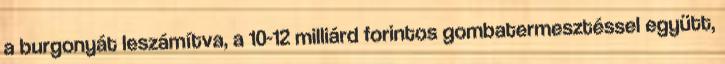
a burgonyát leszámítva, a 10-12 milliárd forintos gombatermesztéssel együtt,